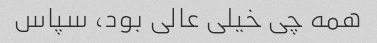
همه چی خیلی عالی بود، سپاس